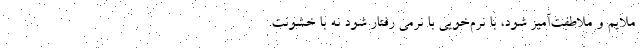
ملایم و ملاطفت‌آمیز شود، با نرم‌خویی با نرمی رفتار شود نه با خشونت.